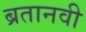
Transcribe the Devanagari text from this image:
ब्रतानवी